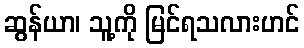
ဆွန်ယာ၊ သူ့ကို မြင်ရသလားဟင်